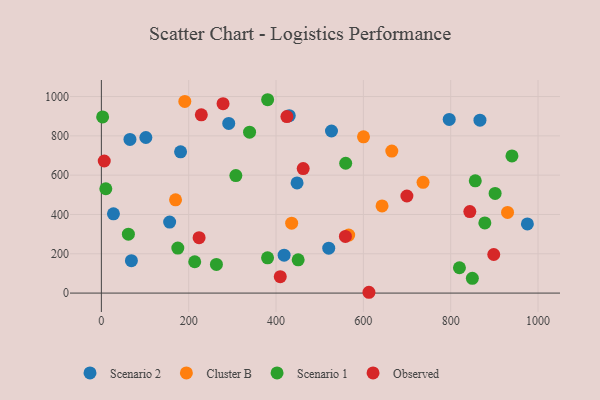
{"axis": {"x": "Ad Spend", "y": "Profit"}, "legend": ["Cluster B", "Observed", "Scenario 1", "Scenario 2"], "data": [{"x": "520.7", "y": 228.3, "type": "Scenario 2"}, {"x": "975.6", "y": 351.9, "type": "Scenario 2"}, {"x": "27.7", "y": 403.4, "type": "Scenario 2"}, {"x": "418.5", "y": 192.7, "type": "Scenario 2"}, {"x": "68.8", "y": 164.9, "type": "Scenario 2"}, {"x": "796.6", "y": 883.7, "type": "Scenario 2"}, {"x": "156.4", "y": 361.3, "type": "Scenario 2"}, {"x": "430.3", "y": 902.6, "type": "Scenario 2"}, {"x": "867.0", "y": 879.8, "type": "Scenario 2"}, {"x": "448.2", "y": 560.4, "type": "Scenario 2"}, {"x": "291.7", "y": 863.1, "type": "Scenario 2"}, {"x": "527.0", "y": 824.5, "type": "Scenario 2"}, {"x": "101.9", "y": 791.5, "type": "Scenario 2"}, {"x": "65.5", "y": 781.7, "type": "Scenario 2"}, {"x": "181.4", "y": 718.8, "type": "Scenario 2"}, {"x": "642.8", "y": 443.4, "type": "Cluster B"}, {"x": "169.9", "y": 474.5, "type": "Cluster B"}, {"x": "930.2", "y": 410.4, "type": "Cluster B"}, {"x": "435.8", "y": 355.9, "type": "Cluster B"}, {"x": "566.4", "y": 295.2, "type": "Cluster B"}, {"x": "736.7", "y": 563.3, "type": "Cluster B"}, {"x": "191.1", "y": 975.1, "type": "Cluster B"}, {"x": "600.3", "y": 795.1, "type": "Cluster B"}, {"x": "665.1", "y": 722.6, "type": "Cluster B"}, {"x": "380.8", "y": 983.7, "type": "Scenario 1"}, {"x": "849.6", "y": 75.2, "type": "Scenario 1"}, {"x": "10.2", "y": 530.7, "type": "Scenario 1"}, {"x": "308.0", "y": 597.6, "type": "Scenario 1"}, {"x": "339.4", "y": 818.6, "type": "Scenario 1"}, {"x": "820.0", "y": 128.9, "type": "Scenario 1"}, {"x": "175.1", "y": 229.0, "type": "Scenario 1"}, {"x": "878.2", "y": 356.8, "type": "Scenario 1"}, {"x": "450.7", "y": 169.4, "type": "Scenario 1"}, {"x": "263.5", "y": 145.9, "type": "Scenario 1"}, {"x": "213.8", "y": 159.3, "type": "Scenario 1"}, {"x": "559.5", "y": 660.4, "type": "Scenario 1"}, {"x": "940.3", "y": 698.0, "type": "Scenario 1"}, {"x": "2.9", "y": 896.2, "type": "Scenario 1"}, {"x": "61.9", "y": 299.9, "type": "Scenario 1"}, {"x": "856.3", "y": 571.3, "type": "Scenario 1"}, {"x": "901.7", "y": 507.0, "type": "Scenario 1"}, {"x": "380.6", "y": 179.6, "type": "Scenario 1"}, {"x": "223.8", "y": 281.9, "type": "Observed"}, {"x": "843.8", "y": 414.9, "type": "Observed"}, {"x": "558.9", "y": 288.3, "type": "Observed"}, {"x": "424.9", "y": 897.8, "type": "Observed"}, {"x": "462.2", "y": 633.3, "type": "Observed"}, {"x": "6.6", "y": 671.9, "type": "Observed"}, {"x": "228.9", "y": 907.0, "type": "Observed"}, {"x": "699.7", "y": 493.8, "type": "Observed"}, {"x": "409.7", "y": 83.4, "type": "Observed"}, {"x": "898.6", "y": 196.4, "type": "Observed"}, {"x": "612.8", "y": 4.1, "type": "Observed"}, {"x": "278.7", "y": 963.7, "type": "Observed"}]}